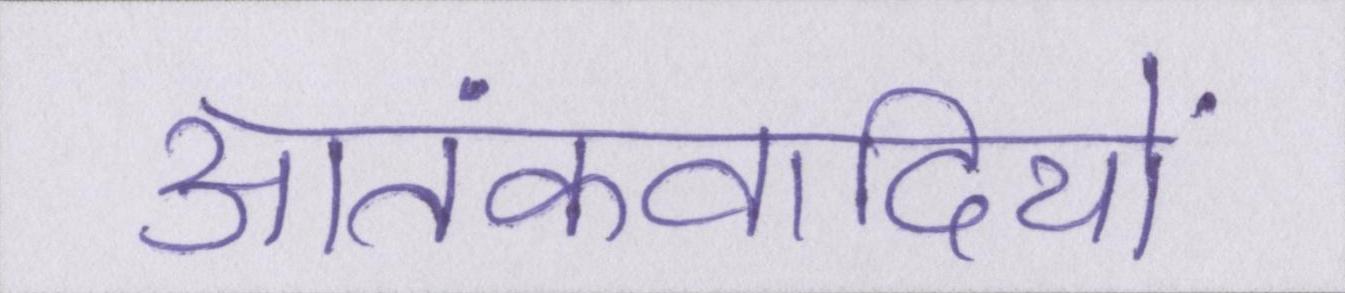
आतंकवादियों